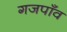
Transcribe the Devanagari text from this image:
गजपाँव